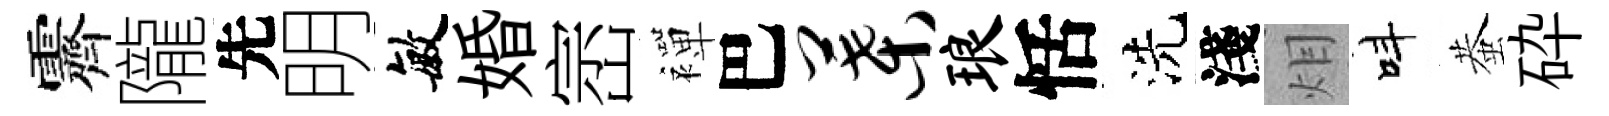
霽隴先明敏婚崈襌巴叶琅恬洗淺𤇆呌蛬砕